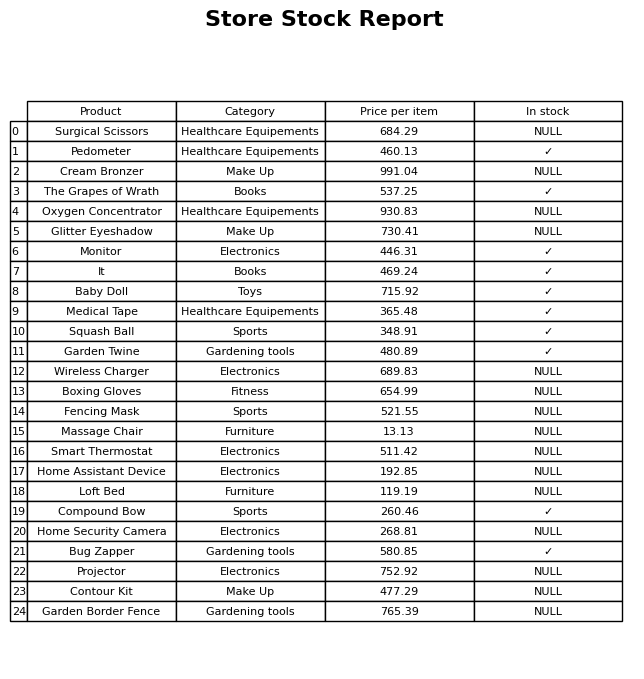
question: What is the price of the Pedometer?
answer: The price of Pedometer is 460.13.